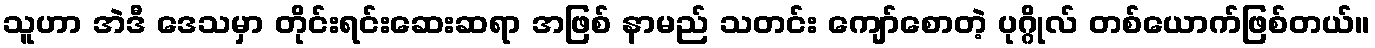
သူဟာ အဲဒီ ဒေသမှာ တိုင်းရင်းဆေးဆရာ အဖြစ် နာမည် သတင်း ကျော်စောတဲ့ ပုဂ္ဂိုလ် တစ်ယောက်ဖြစ်တယ်။